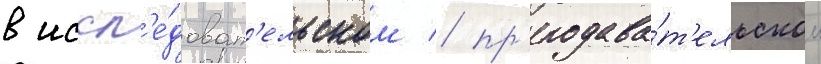
в иссл'е́доват'ельском / пр'еподава́т'ельском